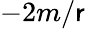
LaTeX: -2m/\mathsf{r}